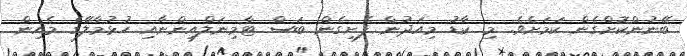
ބޭނުންކޮށްގެން ކަމަށެވެ. މި ކާޑު މިއަދުން ފެށިގެން ބަސް ޓާމިނަލްއިންނާއި ހުޅުމާލޭގެ މެއިން